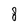
Character: 8